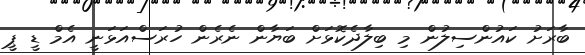
ބާރަށު ކައުންސިލުން މި ބިލާދެކޮޅަށް ބަޔާން ނެރެން ހުރަސްއަޅަނީ އެމް ޑީ ޕީ